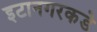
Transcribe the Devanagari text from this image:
इटानगरकडे